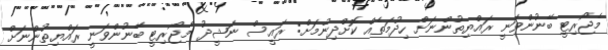
މެޖޯރިޓީ ބޭނުންވަނީ ރައްޔިތުންނަށް ހިދުމަތެއް ކޮށްދިނުމަށް: ރައީސް ނަޝީދު މެޖޯރިޓީ ބޭނުންވަނީ ރައްޔިތުންނަށް